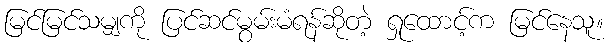
မြင်မြင်သမျှကို ပြင်ဆင်မွမ်းမံရန်ဆိုတဲ့ ရှုထောင့်က မြင်နေသူ။